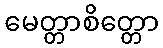
မေတ္တာစိတ္တော